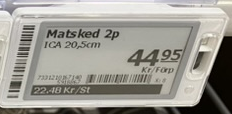
Vara: Matsked
Genomsnittspris: 22.48 per st